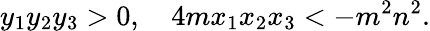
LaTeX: y_{1}y_{2}y_{3}>0,\quad 4mx_{1}x_{2}x_{3}<-m^{2}n^{2}.